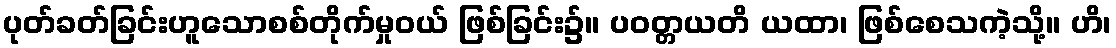
ပုတ်ခတ်ခြင်းဟူသောစစ်တိုက်မှုဝယ် ဖြစ်ခြင်း၌။ ပဝတ္တယတိ ယထာ၊ ဖြစ်စေသကဲ့သို့။ ဟိ၊